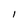
Character: l